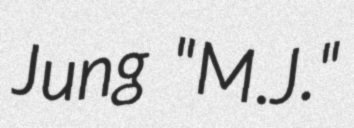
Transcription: Jung "M.J."